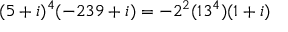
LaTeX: ( 5 + i ) ^ { 4 } ( - 2 3 9 + i ) = - 2 ^ { 2 } ( 1 3 ^ { 4 } ) ( 1 + i )